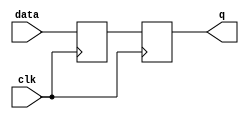
module transparent_latch_and_d_ff (
    input wire data,
    input wire clk,
    output reg q
);

reg data_latch;

always @ (posedge clk) begin
    if (clk) begin
        data_latch <= data; // Transparent latch
        q <= data_latch; // D flip-flop
    end
end

endmodule